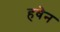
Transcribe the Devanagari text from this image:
हवेन